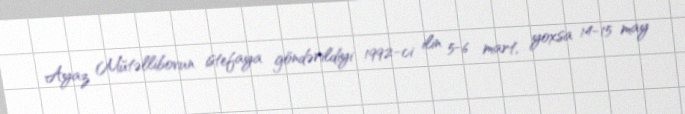
Ayaz Mütəllibovun istefaya göndərildiyi 1992-ci ilin 5-6 mart, yoxsa 14-15 may